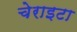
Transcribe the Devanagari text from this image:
चेराइटा